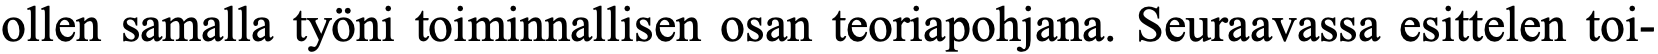
ollen samalla työni toiminnallisen osan teoriapohjana. Seuraavassa esittelen toi-